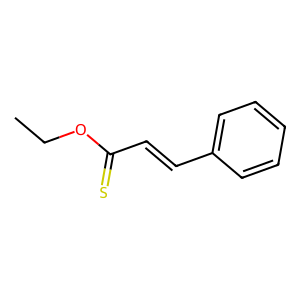
SMILES: CCOC(=S)C=Cc1ccccc1
Inhibits HIV replication: No